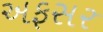
અફસર